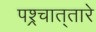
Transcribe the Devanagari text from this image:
पश्र्चात्‌तारे